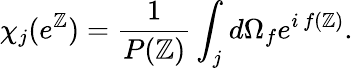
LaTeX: \chi_{j}(e^{\mathbb{Z}})={\frac{{1}}{{P(\mathbb{Z})}}}\int_{j}d\Omega_{f}e^{i\, f(\mathbb{Z})}.